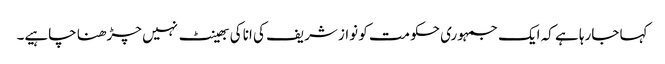
کہا جارہا ہے کہ ایک جمہوری حکومت کو نواز شریف کی انا کی بھینٹ نہیں چڑھنا چاہیے۔